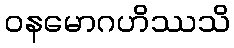
ဝနမောဂဟိဿသိ